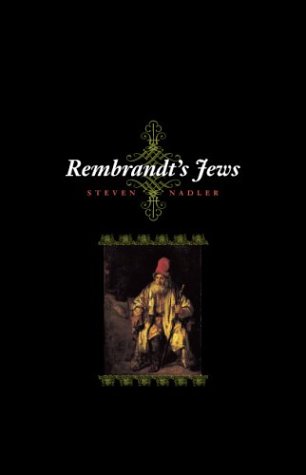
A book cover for Rembrandt's Jews; Steven Nadler; History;